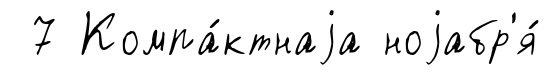
7 Компа́ктнаjа ноjабр'я́